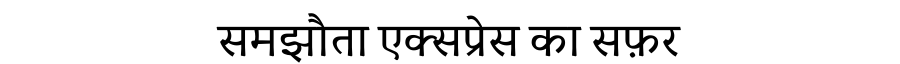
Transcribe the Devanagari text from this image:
समझौता एक्सप्रेस का सफ़र